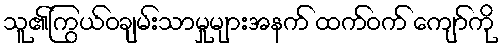
သူ၏ကြွယ်ဝချမ်းသာမှုများအနက် ထက်ဝက် ကျော်ကို